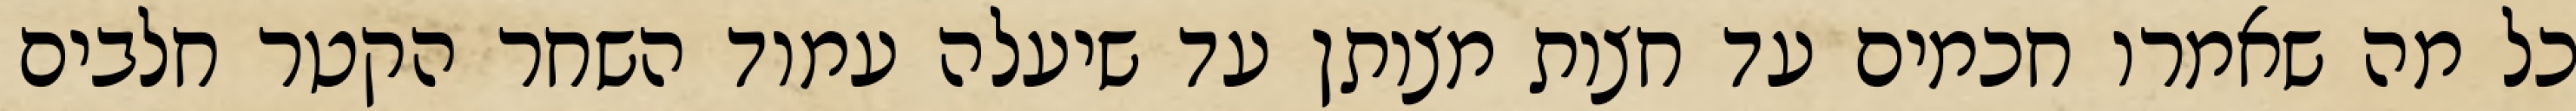
כל מה שאמרו חכמים עד חצות מצותן עד שיעלה עמוד השחר הקטר חלבים